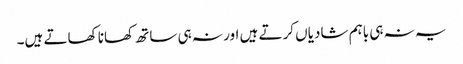
یہ نہ ہی باہم شادیاں کرتے ہیں اور نہ ہی ساتھ کھانا کھاتے ہیں۔